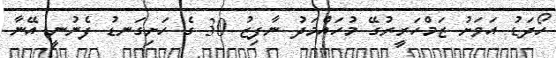
ހޯދަޑު އަވަށު ޒަމްހަރީރުގޭ މުހައްމަދު ނާފިޒު 30 ގެ ހަށިގަނޑު ފެނުނީ އޭނާ